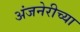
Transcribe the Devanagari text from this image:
अंजनेरीच्या